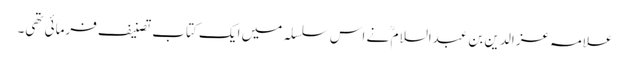
علامہ عز الدین بن عبدالسلام ؒ نے اس سلسلہ میں ایک کتاب تصنیف فرمائی تھی۔